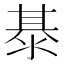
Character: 𭰭